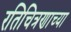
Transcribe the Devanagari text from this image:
रतिचित्रणाच्या